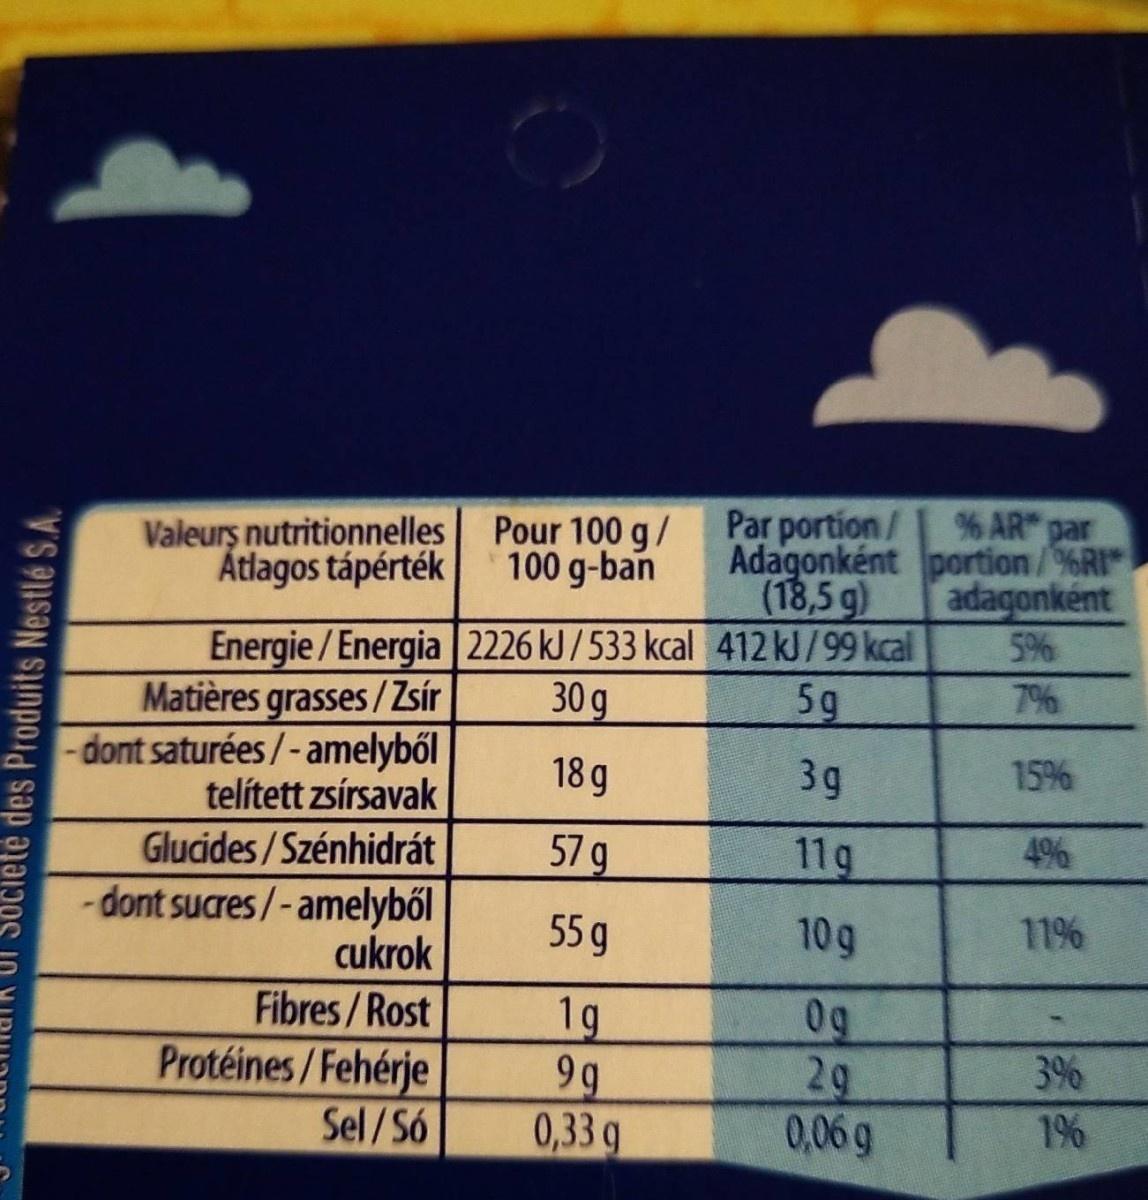
Par portion/ Adagonként portion/%RI (18,5 g)
% AR"
Valeurş nutritionnelles Pour 100 g/ Atlagos tápérték
par
100 g-ban
adagonként 5%
Energie/Energia 2226 kJ/533 kcal 412 kJ/99 kcal Matières grasses /Zsír
30 g
5g
7%
-dont saturées /-amelyből
18 g
3g
15%
telített zsírsavak
Glucides/Szénhidrát
57 g
11g
4%
-dont sucres/-amelyből cukrok
55 g
10g
11%
Fibres/Rost
1g 9g 0,33 g
0g 2g 0,06 g
Protéines/Fehérje
3%
Sel/Só
1%6
UI Societe des Produits Nestlé S.A